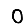
Digit: 0